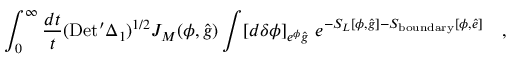
\int _ { 0 } ^ { \infty } { \frac { d t } { t } } ( \mathrm { D e t } ^ { \prime } \Delta _ { 1 } ) ^ { 1 / 2 } J _ { M } ( \phi , { \hat { g } } ) \int [ d \delta \phi ] _ { e ^ { \phi } { \hat { g } } } ~ e ^ { - S _ { L } [ \phi , { \hat { g } } ] - S _ { \mathrm { b o u n d a r y } } [ \phi , { \hat { e } } ] } \quad ,